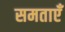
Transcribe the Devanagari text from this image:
समताएँ